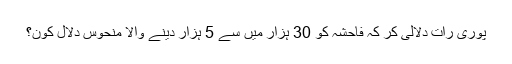
پوری رات دلالی کر کہ فاحشہ کو 30 ہزار میں سے 5 ہزار دینے والا منحوس دلال کون؟